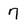
Character: 7